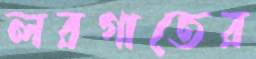
লরগাতের